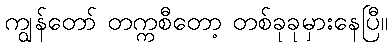
ကျွန်တော် တက္ကစီတော့ တစ်ခုခုမှားနေပြီ။